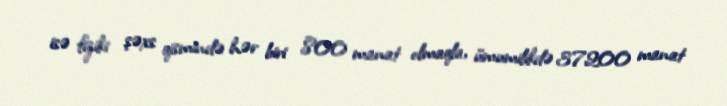
isə fiziki şəxs qismində hər biri 800 manat olmaqla, ümumilikdə 37200 manat